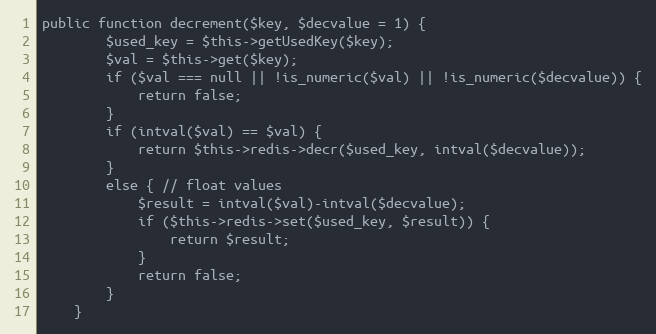
Language: PHP
public function decrement($key, $decvalue = 1) {
        $used_key = $this->getUsedKey($key);
        $val = $this->get($key);
        if ($val === null || !is_numeric($val) || !is_numeric($decvalue)) {
            return false;
        }
        if (intval($val) == $val) {
            return $this->redis->decr($used_key, intval($decvalue));
        }
        else { // float values
            $result = intval($val)-intval($decvalue);
            if ($this->redis->set($used_key, $result)) {
                return $result;
            }
            return false;
        }
    }